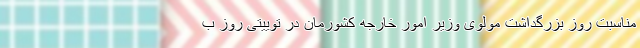
مناسبت روز بزرگداشت مولوی وزیر امور خارجه کشورمان در توییتی روز ب